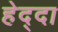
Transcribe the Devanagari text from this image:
हेद्दा